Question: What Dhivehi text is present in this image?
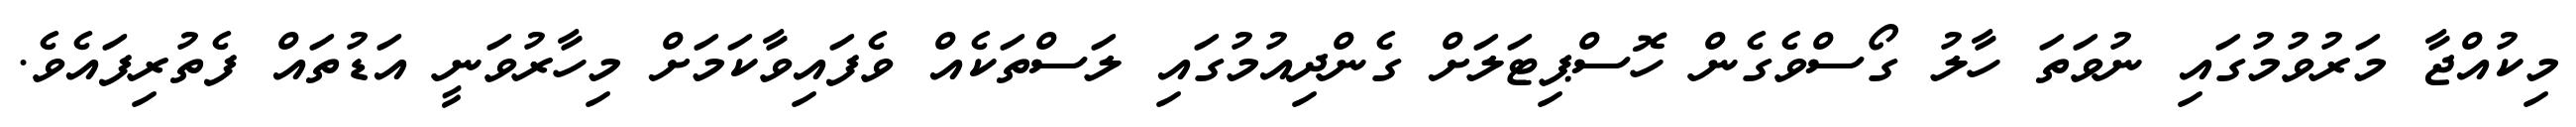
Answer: މިކުއްޖާ މަރުވުމުގައި ނުވަތަ ހާލު ގޯސްވެގެން ހޮސްޕިޓަލަށް ގެންދިއުމުގައި ލަސްތަކެއް ވެފައިވާކަމަށް މިހާރުވަނީ އަޑުތައް ފެތުރިފައެވެ.